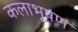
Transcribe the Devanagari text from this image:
कलाभूषण